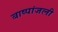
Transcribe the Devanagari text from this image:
बाष्पांजली